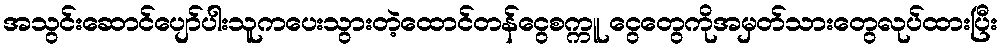
အသွင်းဆောင်ပျော်ပါးသူကပေးသွားတဲ့ထောင်တန်ငွေစက္ကူ ငွေတွေကိုအမှတ်သားတွေလုပ်ထားပြီး